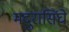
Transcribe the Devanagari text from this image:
मदुरासिंघे